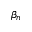
\beta _ { n }